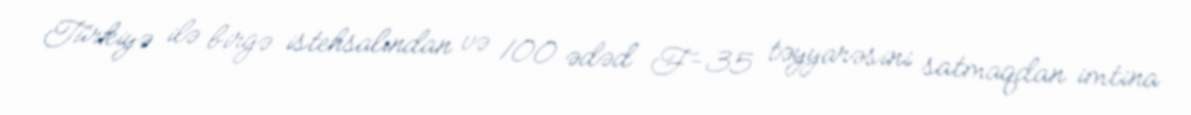
Türkiyə ilə birgə istehsalından və 100 ədəd F-35 təyyarəsini satmaqdan imtina